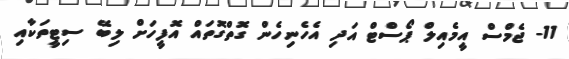
11- ޖެމްސް އީމެއިލް ޕޯސްޓް އަދި އެހެނިހެން ގޮތްގޮތައް އޮފީހަށް ލިބޭ ސިޓީތަކާއި